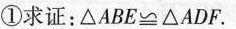
①求证：$$△ A B E ≌ △ A D F$$。